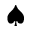
\spadesuit